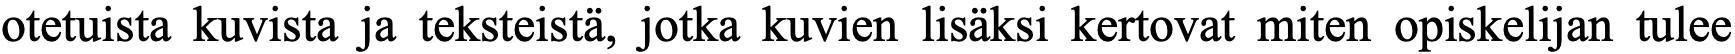
otetuista kuvista ja teksteistä, jotka kuvien lisäksi kertovat miten opiskelijan tulee